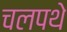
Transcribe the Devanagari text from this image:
चलपथे